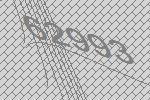
62993